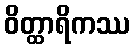
ဝိတ္ထာရိကဿ